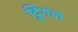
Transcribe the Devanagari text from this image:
ट्विंगल